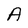
Character: A